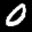
Label: 0